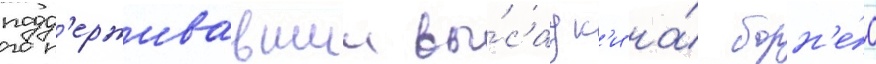
подд'ерживавшии вы́садк'и на́ борн'е́о